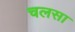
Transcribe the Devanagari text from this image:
चलसा